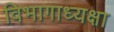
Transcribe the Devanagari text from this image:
विभागाध्यक्षा